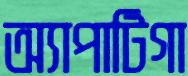
অ্যাপাটিগা